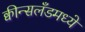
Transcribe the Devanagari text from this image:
क्वीन्सलँडमध्ये